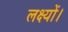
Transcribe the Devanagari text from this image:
लक्ष्यों।